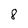
Character: 8